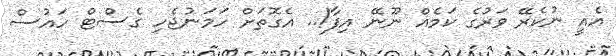
އެއީ ނުކެރޭ ވަރުގެ ކަމެއް ނޫނޭ އިފާ!.. އެގޮތަށް ހަމަނުޖެހި ގެސްޓް ހައުސް